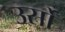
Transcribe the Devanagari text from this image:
उर्सो